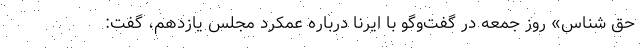
حق شناس» روز جمعه در گفت‌وگو با ایرنا درباره عمکرد مجلس یازدهم، گفت: